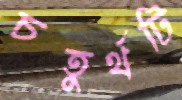
চতুর্থটি